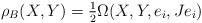
LaTeX: \begin{align*}\rho_B(X,Y) = \tfrac{1}{2} \Omega(X,Y,e_i,J e_i)\end{align*}